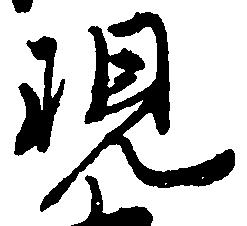
現